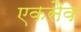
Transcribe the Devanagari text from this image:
एकसैक